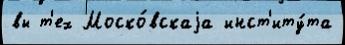
вы т'ех Моско́вскаjа инст'иту́та